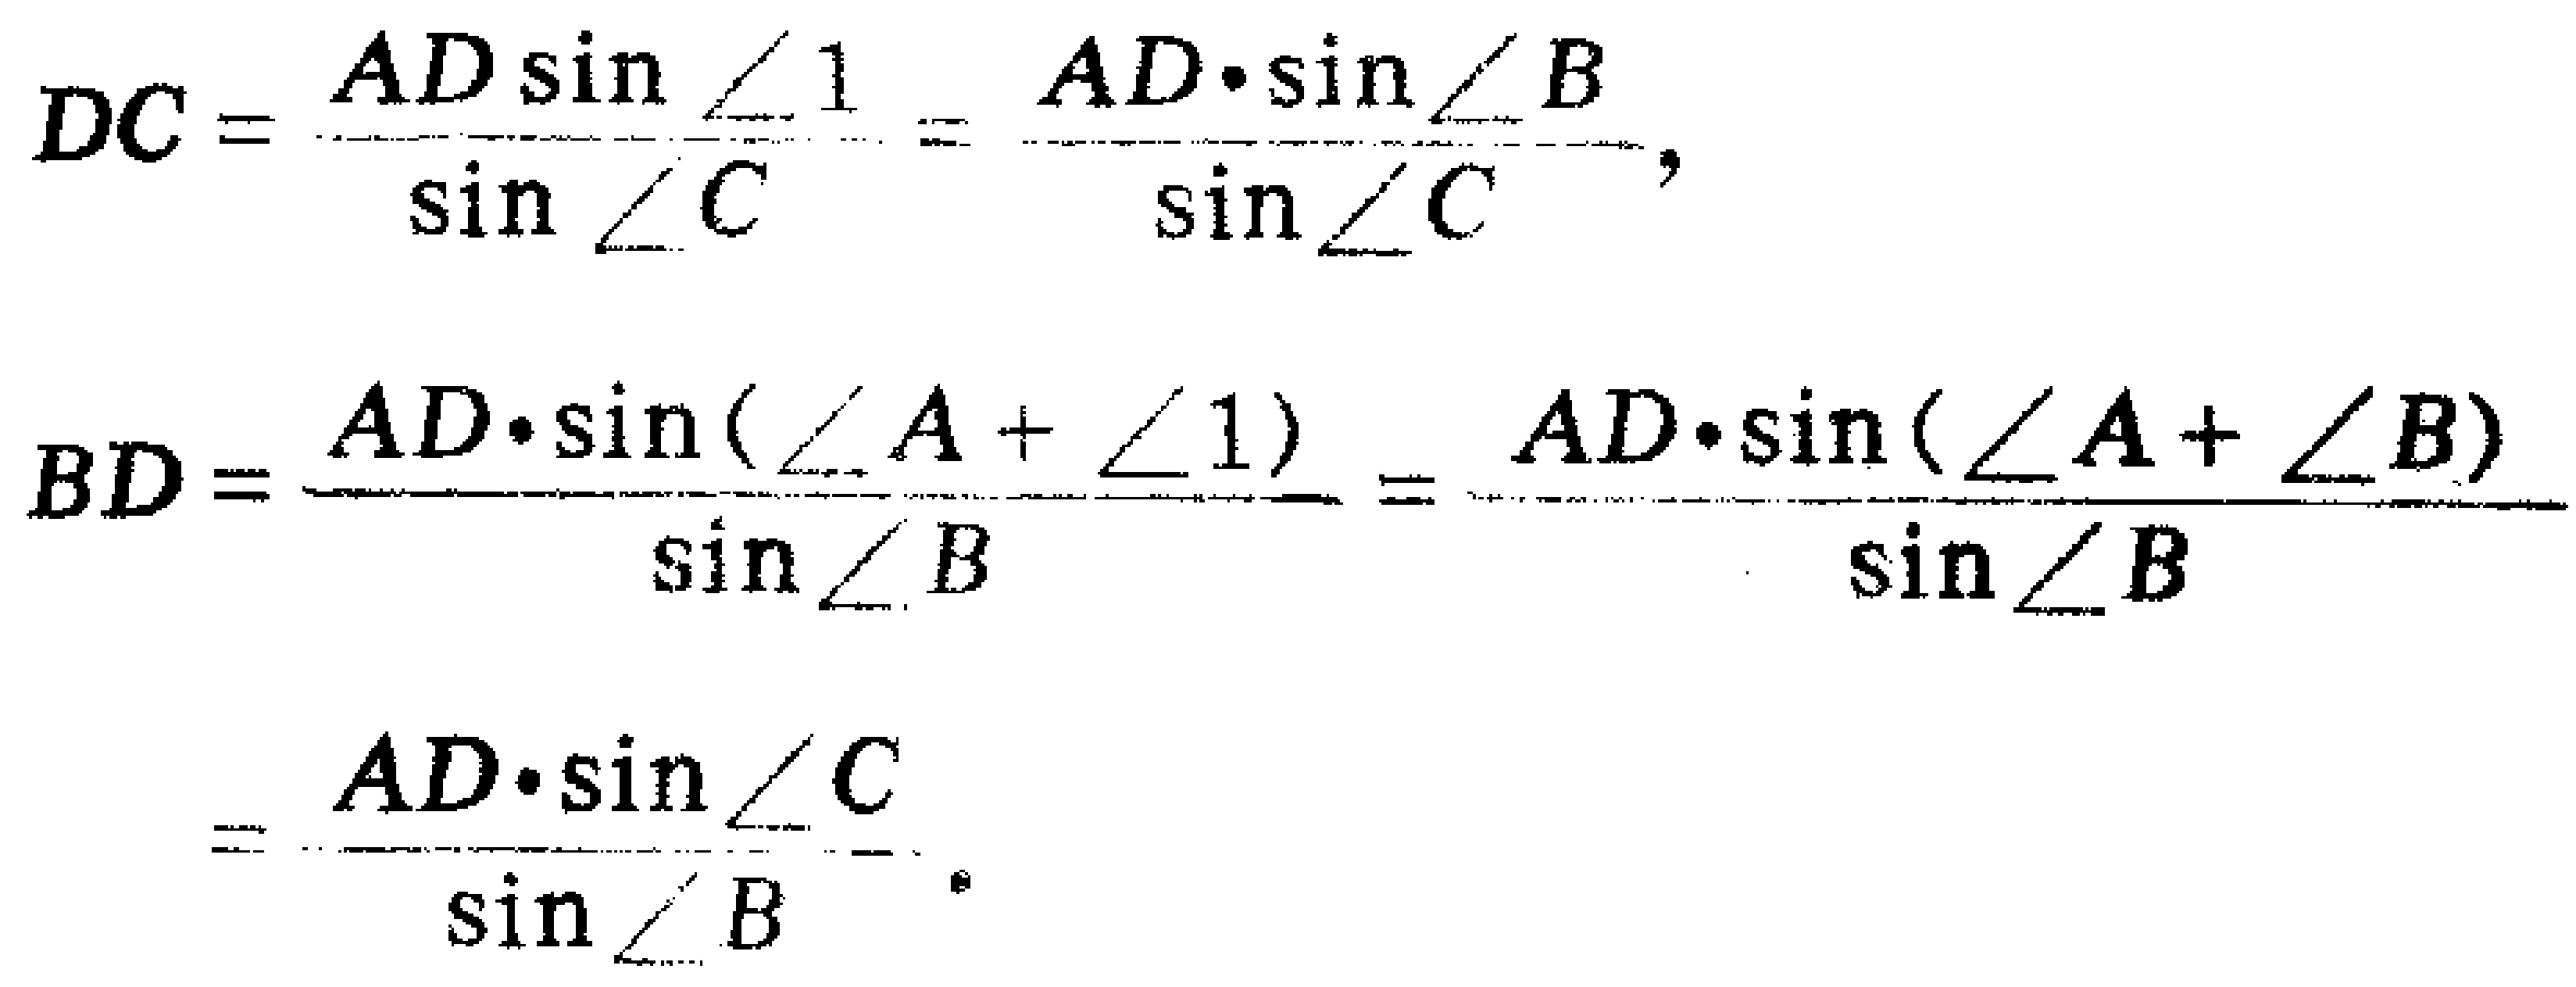
\[
DC = \frac{AD\sin\angle 1}{\sin\angle C}=\frac{AD\cdot\sin\angle B}{\sin\angle C},
\]
\[
\begin{align*}
BD&=\frac{AD\cdot\sin(\angle A+\angle 1)}{\sin\angle B}=\frac{AD\cdot\sin(\angle A+\angle B)}{\sin\angle B}\\
&=\frac{AD\cdot\sin\angle C}{\sin\angle B}.
\end{align*}
\]